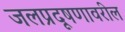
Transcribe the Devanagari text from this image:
जलप्रदूषणावरील